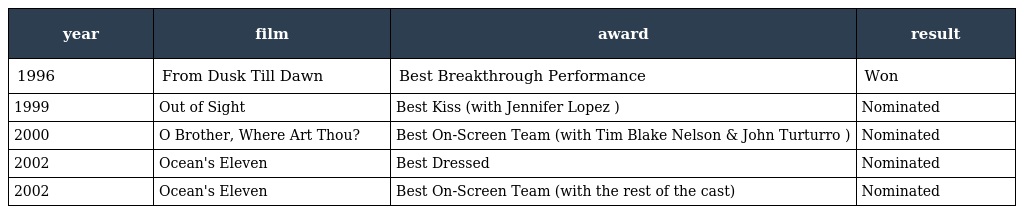
| year | film | award | result |
 | --- | --- | --- | --- |
 | 1996 | From Dusk Till Dawn | Best Breakthrough Performance | Won |
 | 1999 | Out of Sight | Best Kiss (with Jennifer Lopez ) | Nominated |
 | 2000 | O Brother, Where Art Thou? | Best On-Screen Team (with Tim Blake Nelson & John Turturro ) | Nominated |
 | 2002 | Ocean's Eleven | Best Dressed | Nominated |
 | 2002 | Ocean's Eleven | Best On-Screen Team (with the rest of the cast) | Nominated |